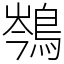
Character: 𪁏